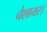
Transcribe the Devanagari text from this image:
चेशायर।